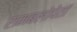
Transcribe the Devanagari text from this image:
रामबलोपेतां